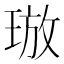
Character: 𪻯